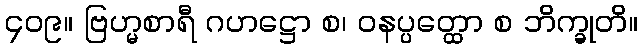
၄၀၉။ ဗြဟ္မစာရီ ဂဟဋ္ဌော စ၊ ဝနပ္ပတ္ထော စ ဘိက္ခုတိ။